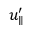
u _ { \parallel } ^ { \prime }